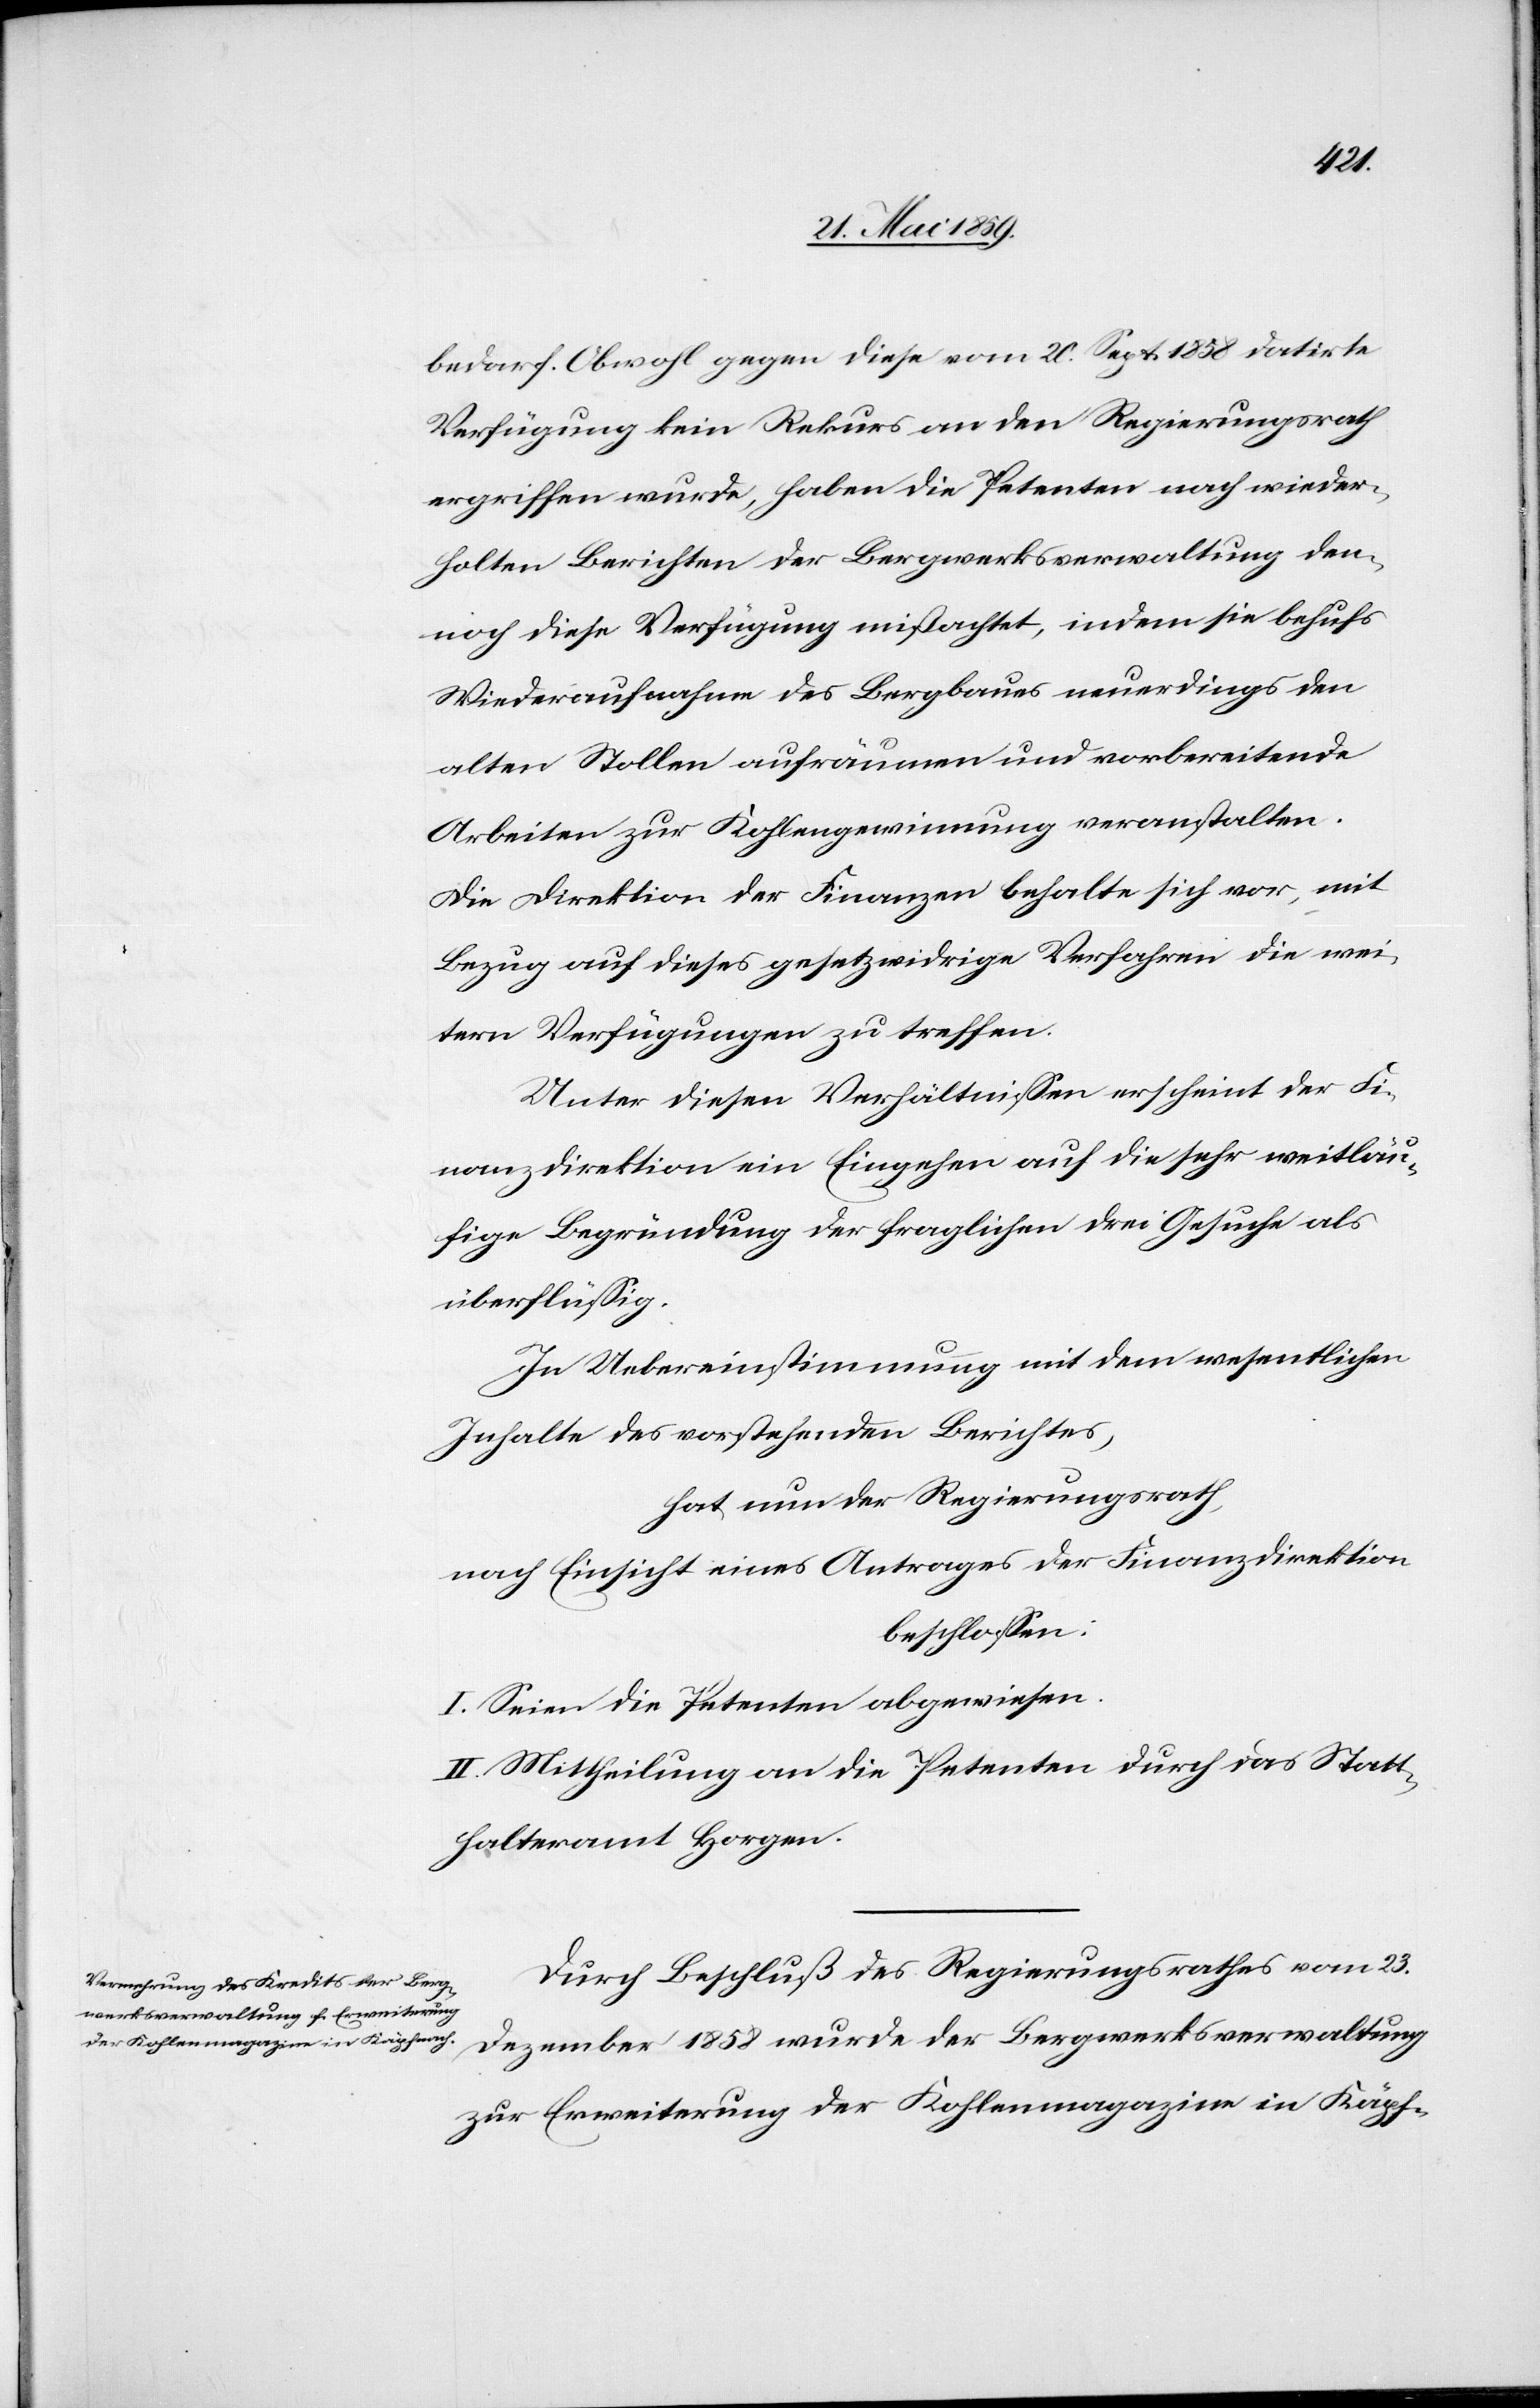
bedarf. Obwohl gegen diese vom 20. Sept. 1858 datirte
Verfügung kein Rekurs an den Regierungsrath
ergriffen wurde, haben die Petenten nach wieder¬
holten Berichten der Bergwerksverwaltung den¬
noch diese Verfügung mißachtet, indem sie behufs
Wiederaufnahme des Bergbaues neuerdings den
alten Stollen aufräumen und vorbereitende
Arbeiten zur Kohlengewinnung veranstalten.
Die Direktion der Finanzen behalte sich vor, mit
Bezug auf dieses gesetzwidrige Verfahren die wei¬
tern Verfügungen zu treffen.
Unter diesen Verhältnißen erscheint der Fi¬
nanzdirektion ein Eingehen auf die sehr weitläu¬
fige Begründung der fraglichen drei Gesuche als
überflüßig.
In Uebereinstimmung mit dem wesentlichen
Inhalte des vorstehenden Berichtes,
hat nun der Regierungsrath,
nach Einsicht eines Antrages der Finanzdirektion
beschloßen:
I. Seien die Petenten abgewiesen.
II. Mittheilung an die Petenten durch das Statt¬
halteramt Horgen.
Durch Beschluß des Regierungsrathes vom 23.
Dezember 1858 wurde der Bergwerksverwaltung
zur Erweiterung der Kohlenmagazine in Käpf-